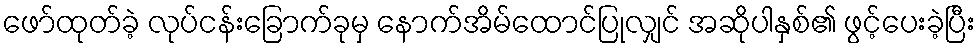
ဖော်ထုတ်ခဲ့ လုပ်ငန်းခြောက်ခုမှ နောက်အိမ်ထောင်ပြုလျှင် အဆိုပါနှစ်၏ ဖွင့်ပေးခဲ့ပြီး